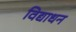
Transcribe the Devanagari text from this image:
विद्याधन